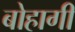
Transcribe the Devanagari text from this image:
बोहागी